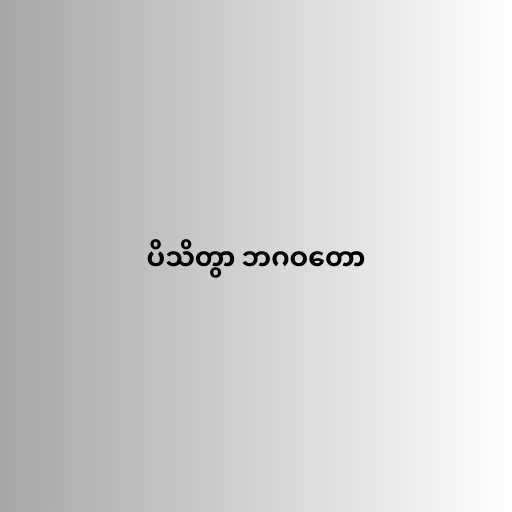
ပိသိတွာ ဘဂဝတော